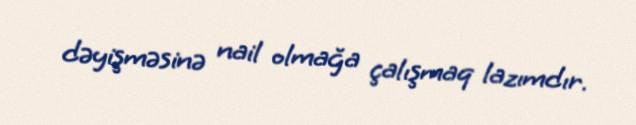
dəyişməsinə nail olmağa çalışmaq lazımdır.